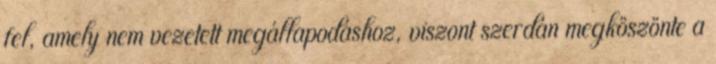
fel, amely nem vezetett megállapodáshoz, viszont szerdán megköszönte a